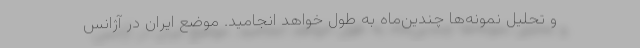
و تحلیل نمونه‌ها چندین‌ماه به طول خواهد انجامید. موضع ایران در آژانس